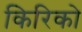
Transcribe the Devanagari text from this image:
किरिको